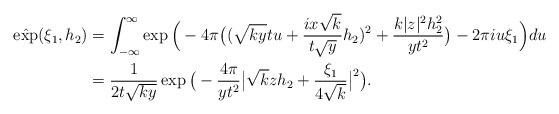
LaTeX: \begin{align*} \hat{\exp}(\xi_1,h_2)&=\int_{-\infty}^{\infty} \exp \Big(-4\pi\big((\sqrt{ky}tu+ \frac{ix\sqrt{k}}{t\sqrt{y}}h_2)^2+\frac{k|z|^2h_2^2}{yt^2} \big)-2\pi i u \xi_1 \Big) du \\ &= \frac{1}{2t\sqrt{ky}} \exp\big( -\frac{4\pi}{yt^2} \big| \sqrt{k}zh_2 +\frac{\xi_1}{4\sqrt{k}}\big|^2\big). \end{align*}